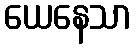
ယေနေသာ